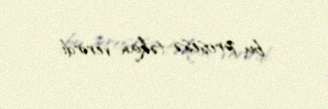
bu prosesə təkan verirdi.